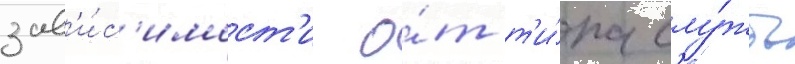
зав'и́с'имост'и о́т т'и́па слу́жбы